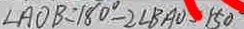
\angle A O B = 1 8 0 ^ { \circ } - 2 \angle B A D = 1 5 0 ^ { \circ }